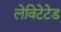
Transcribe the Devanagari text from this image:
लेविटेटेड